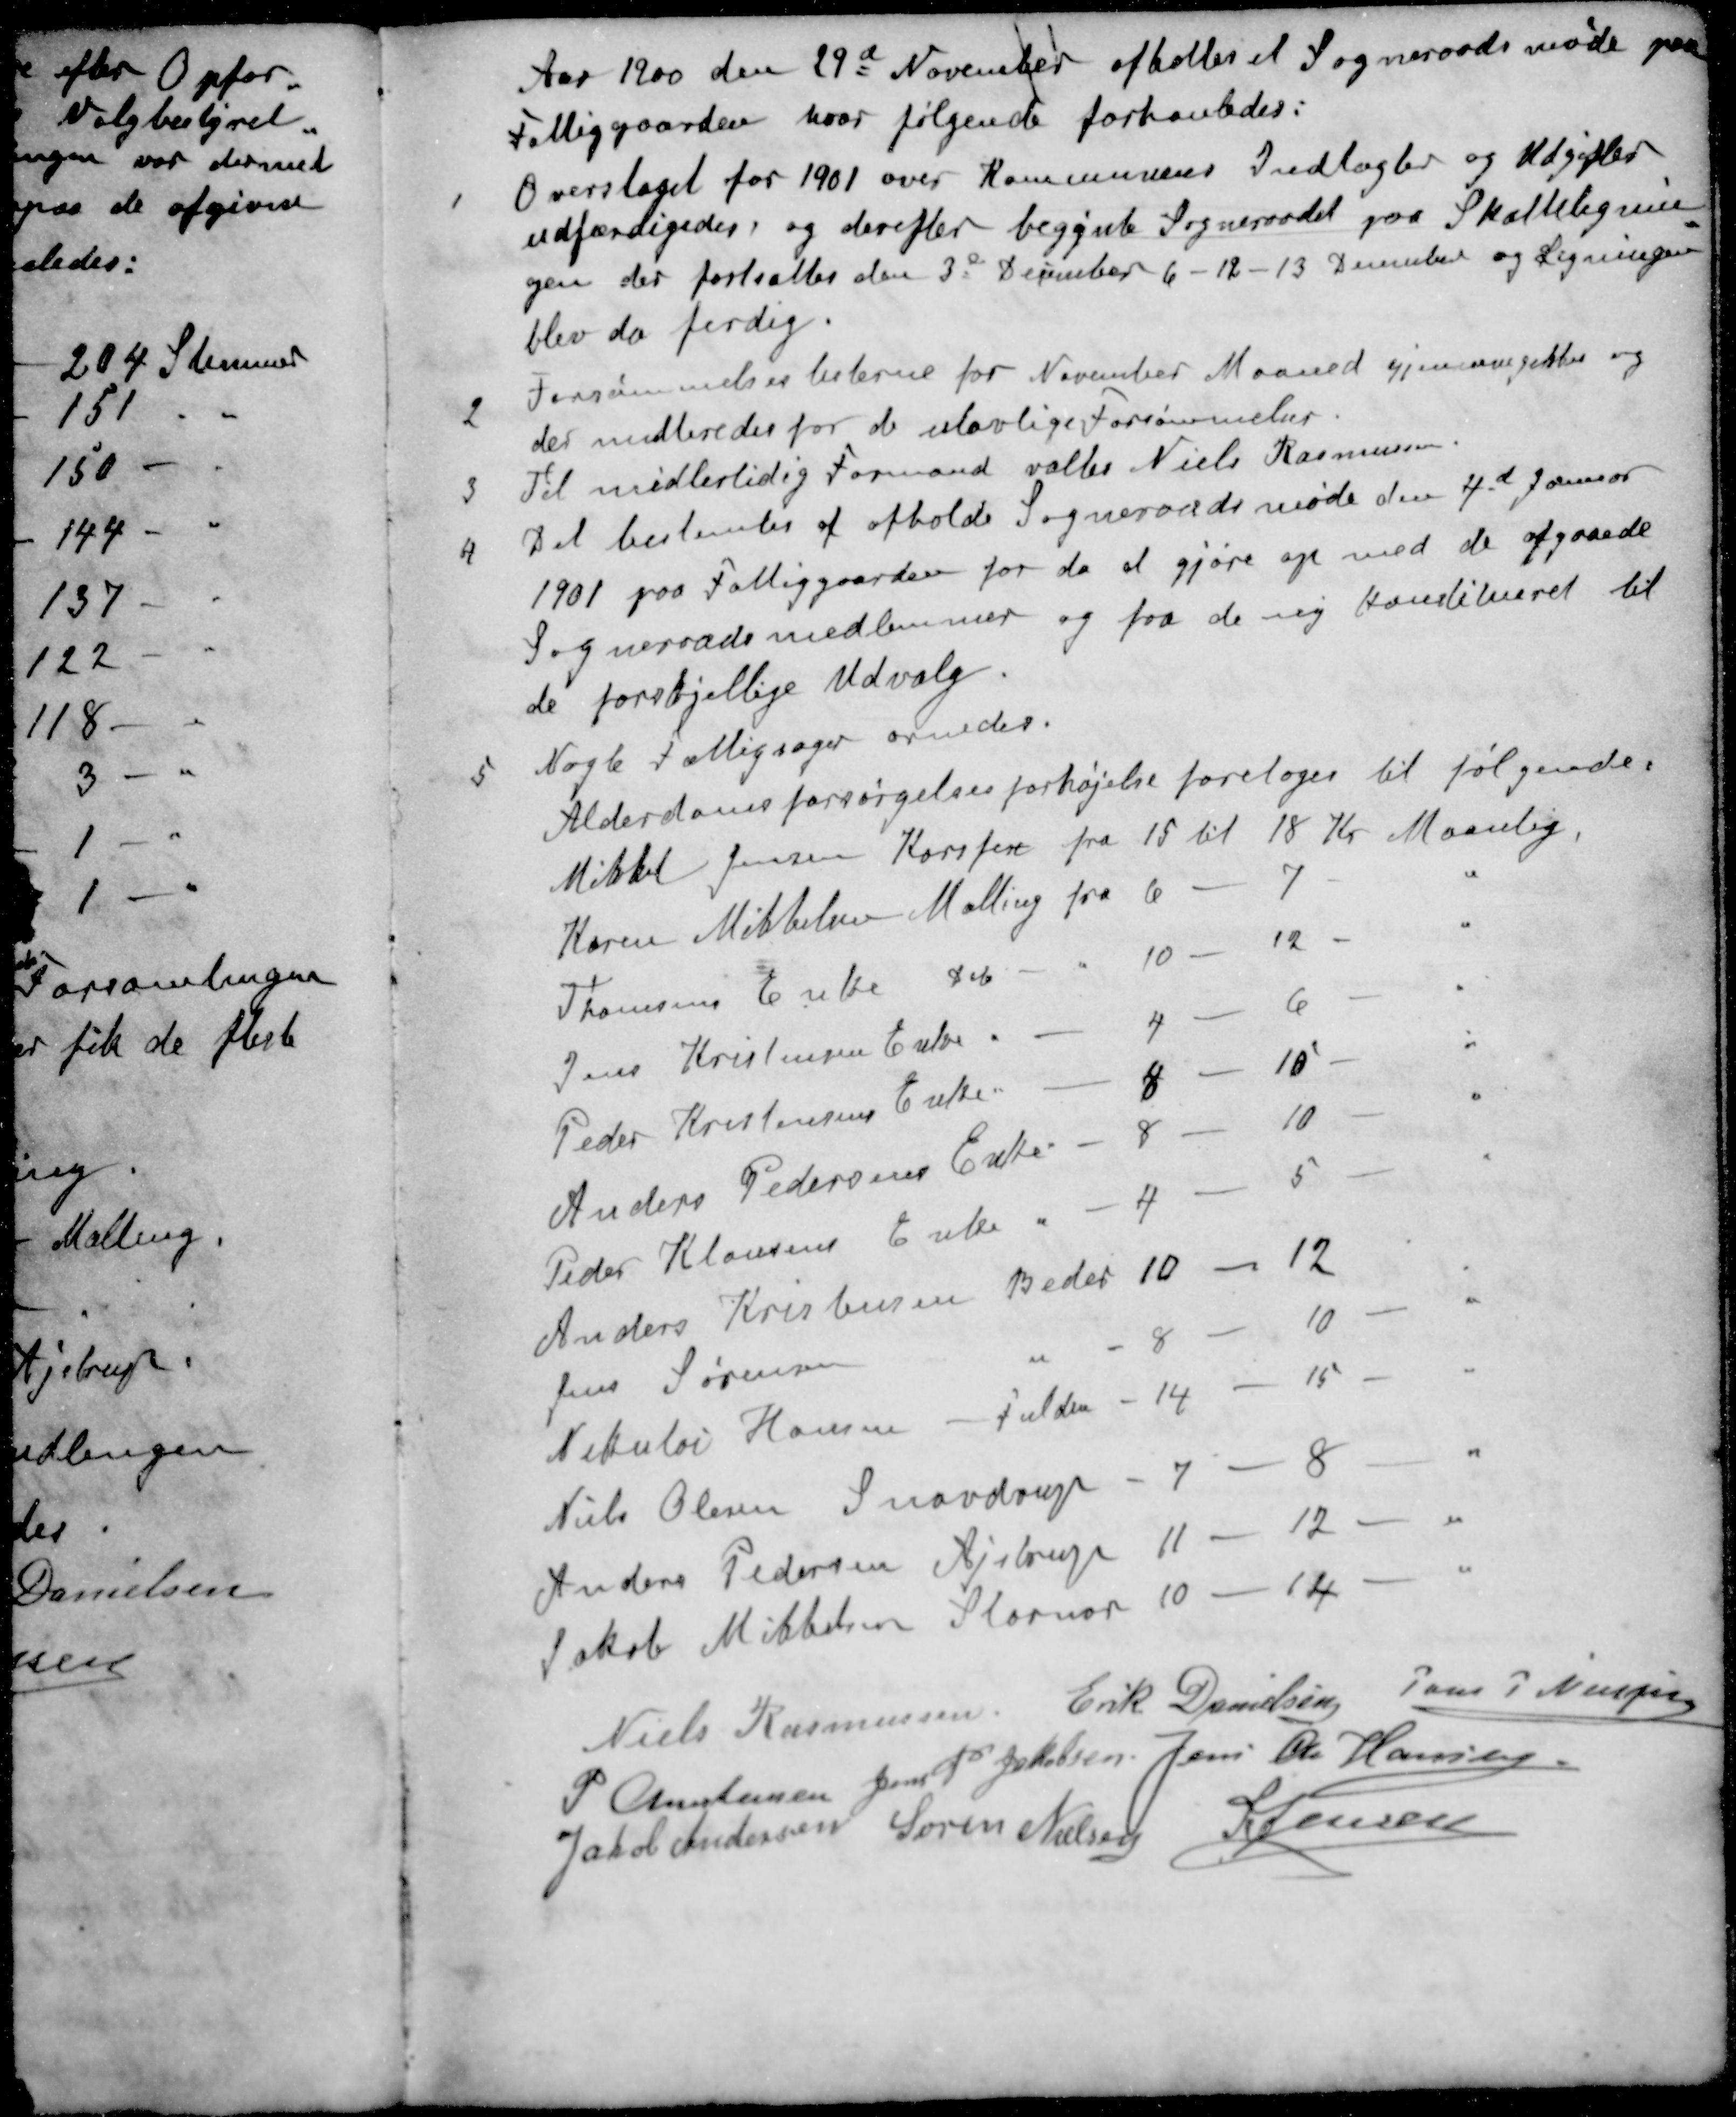
Transskription:
Aar 1900 den 29d November afholtes et Sogneraadsmøde paa
Fattiggaarden, hvor følgende forhanledes:
1 Overslaget for 1901 over Kommunens Indtægter og Udgifter
udfærdigedes, og derefter begynte Sogneraadet paa Skattelignin
gen der fortsattes den 3d December 6 - 12 - 13 December og Ligningen
blev da ferdig.
2 Forsømmelseslisterne for November Maaned gjennemgikkes og
der multeredes for de ulovlige Forsømmelser.
3 Til midlertidig Formand valtes Niels Rasmussen
4 Det bestemtes at afholde Sogneraadsmøde den 4d Januar
1901 paa Fattiggaarden for da at gjøre op med de afgaaede
Sogneraadsmedlemmer og faa de ny konstitueret til
de forskjellige Udvalg.
5 Nogle Fattigsager ornedes
Alderdomsforsørgelsesforhøjelse foretoges til følgende:
Mikkel Jensen Korskær fra 15 til 18 Kr Maanlig
Karen Mikkelsen Malling fra 6 - 7 - "
Thomsens Enke  10 - 12 - "
Jens Kristensen Enke " - 4 - 6 - "
Peder Kristensens Enke. - 8 - 10 - "
Anders Pedersens Enke - 8 - 10 - "
Peder Klausens Enke " 4 - 5 - " 
Anders Kristensen Beder 10 - 12
Jens Sørensen " " 8 - 10 - " 
Nikolai Hansen - Fulden - 14 - 15 - "
Niels Olesen Snovdrup - 7 - 8 - "
Anders Pedersen Ajstrup 11 - 12 - "
Jakob Mikkelsen Stornor 10 - 14 - "
Niels Rasmussen
Erik Danielsen
Jens P Nielsen
P Christensen
Jens P Jakobsen
Jens Chr Hansen
Jakob Andersen
Søren Nielsen
S Jensen